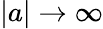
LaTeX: |a|\to\infty